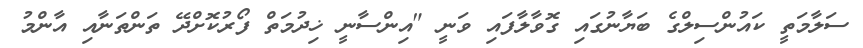
ސަލާމަތީ ކައުންސިލްގެ ބަޔާނުގައި ގޮވާލާފައި ވަނީ "އިންސާނީ ޚިދުމަތް ފޯރުކޮށްދޭ ތަންތަނާއި އާންމު